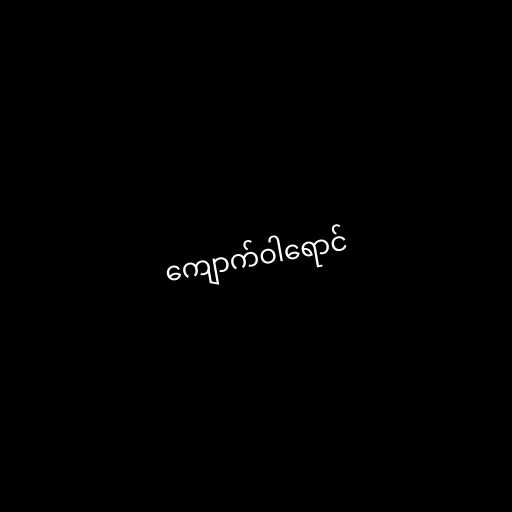
ကျောက်ဝါရောင်